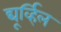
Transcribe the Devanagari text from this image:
द्यूर्व्हिल